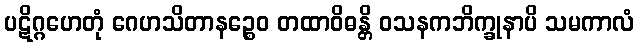
ပဋိဂ္ဂဟေတုံ ဂေဟသိတာနဉ္စေဝ တထာဝိဓန္တိ ဝသနကဘိက္ခုနာပိ သမကာလံ